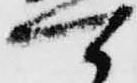
可